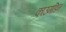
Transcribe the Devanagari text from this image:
काउमडिन